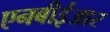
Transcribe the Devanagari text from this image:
एनबीईआर